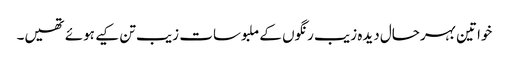
خواتین بہرحال دیدہ زیب رنگوں کے ملبوسات زیب تن کیے ہوئے تھیں۔